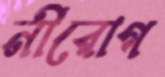
নীরোগ